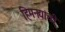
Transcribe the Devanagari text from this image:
हिमनद्यांची